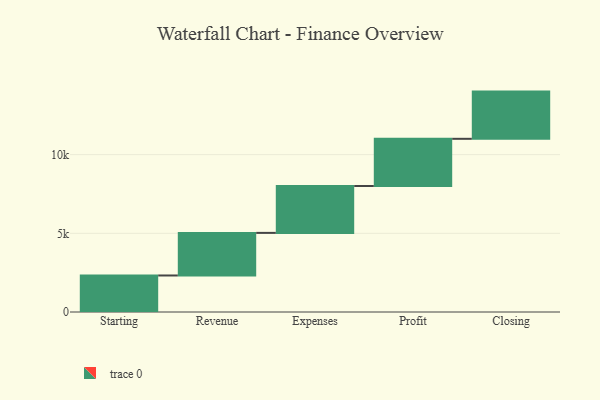
{"axis": {"x": "Step", "y": "Value"}, "legend": [""], "data": [{"x": "Starting", "y": 2321.0, "type": ""}, {"x": "Revenue", "y": 2707.0, "type": ""}, {"x": "Expenses", "y": 2978.0, "type": ""}, {"x": "Profit", "y": 3000, "type": ""}, {"x": "Closing", "y": 3000, "type": ""}]}